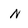
Character: n